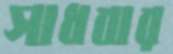
সাধবার